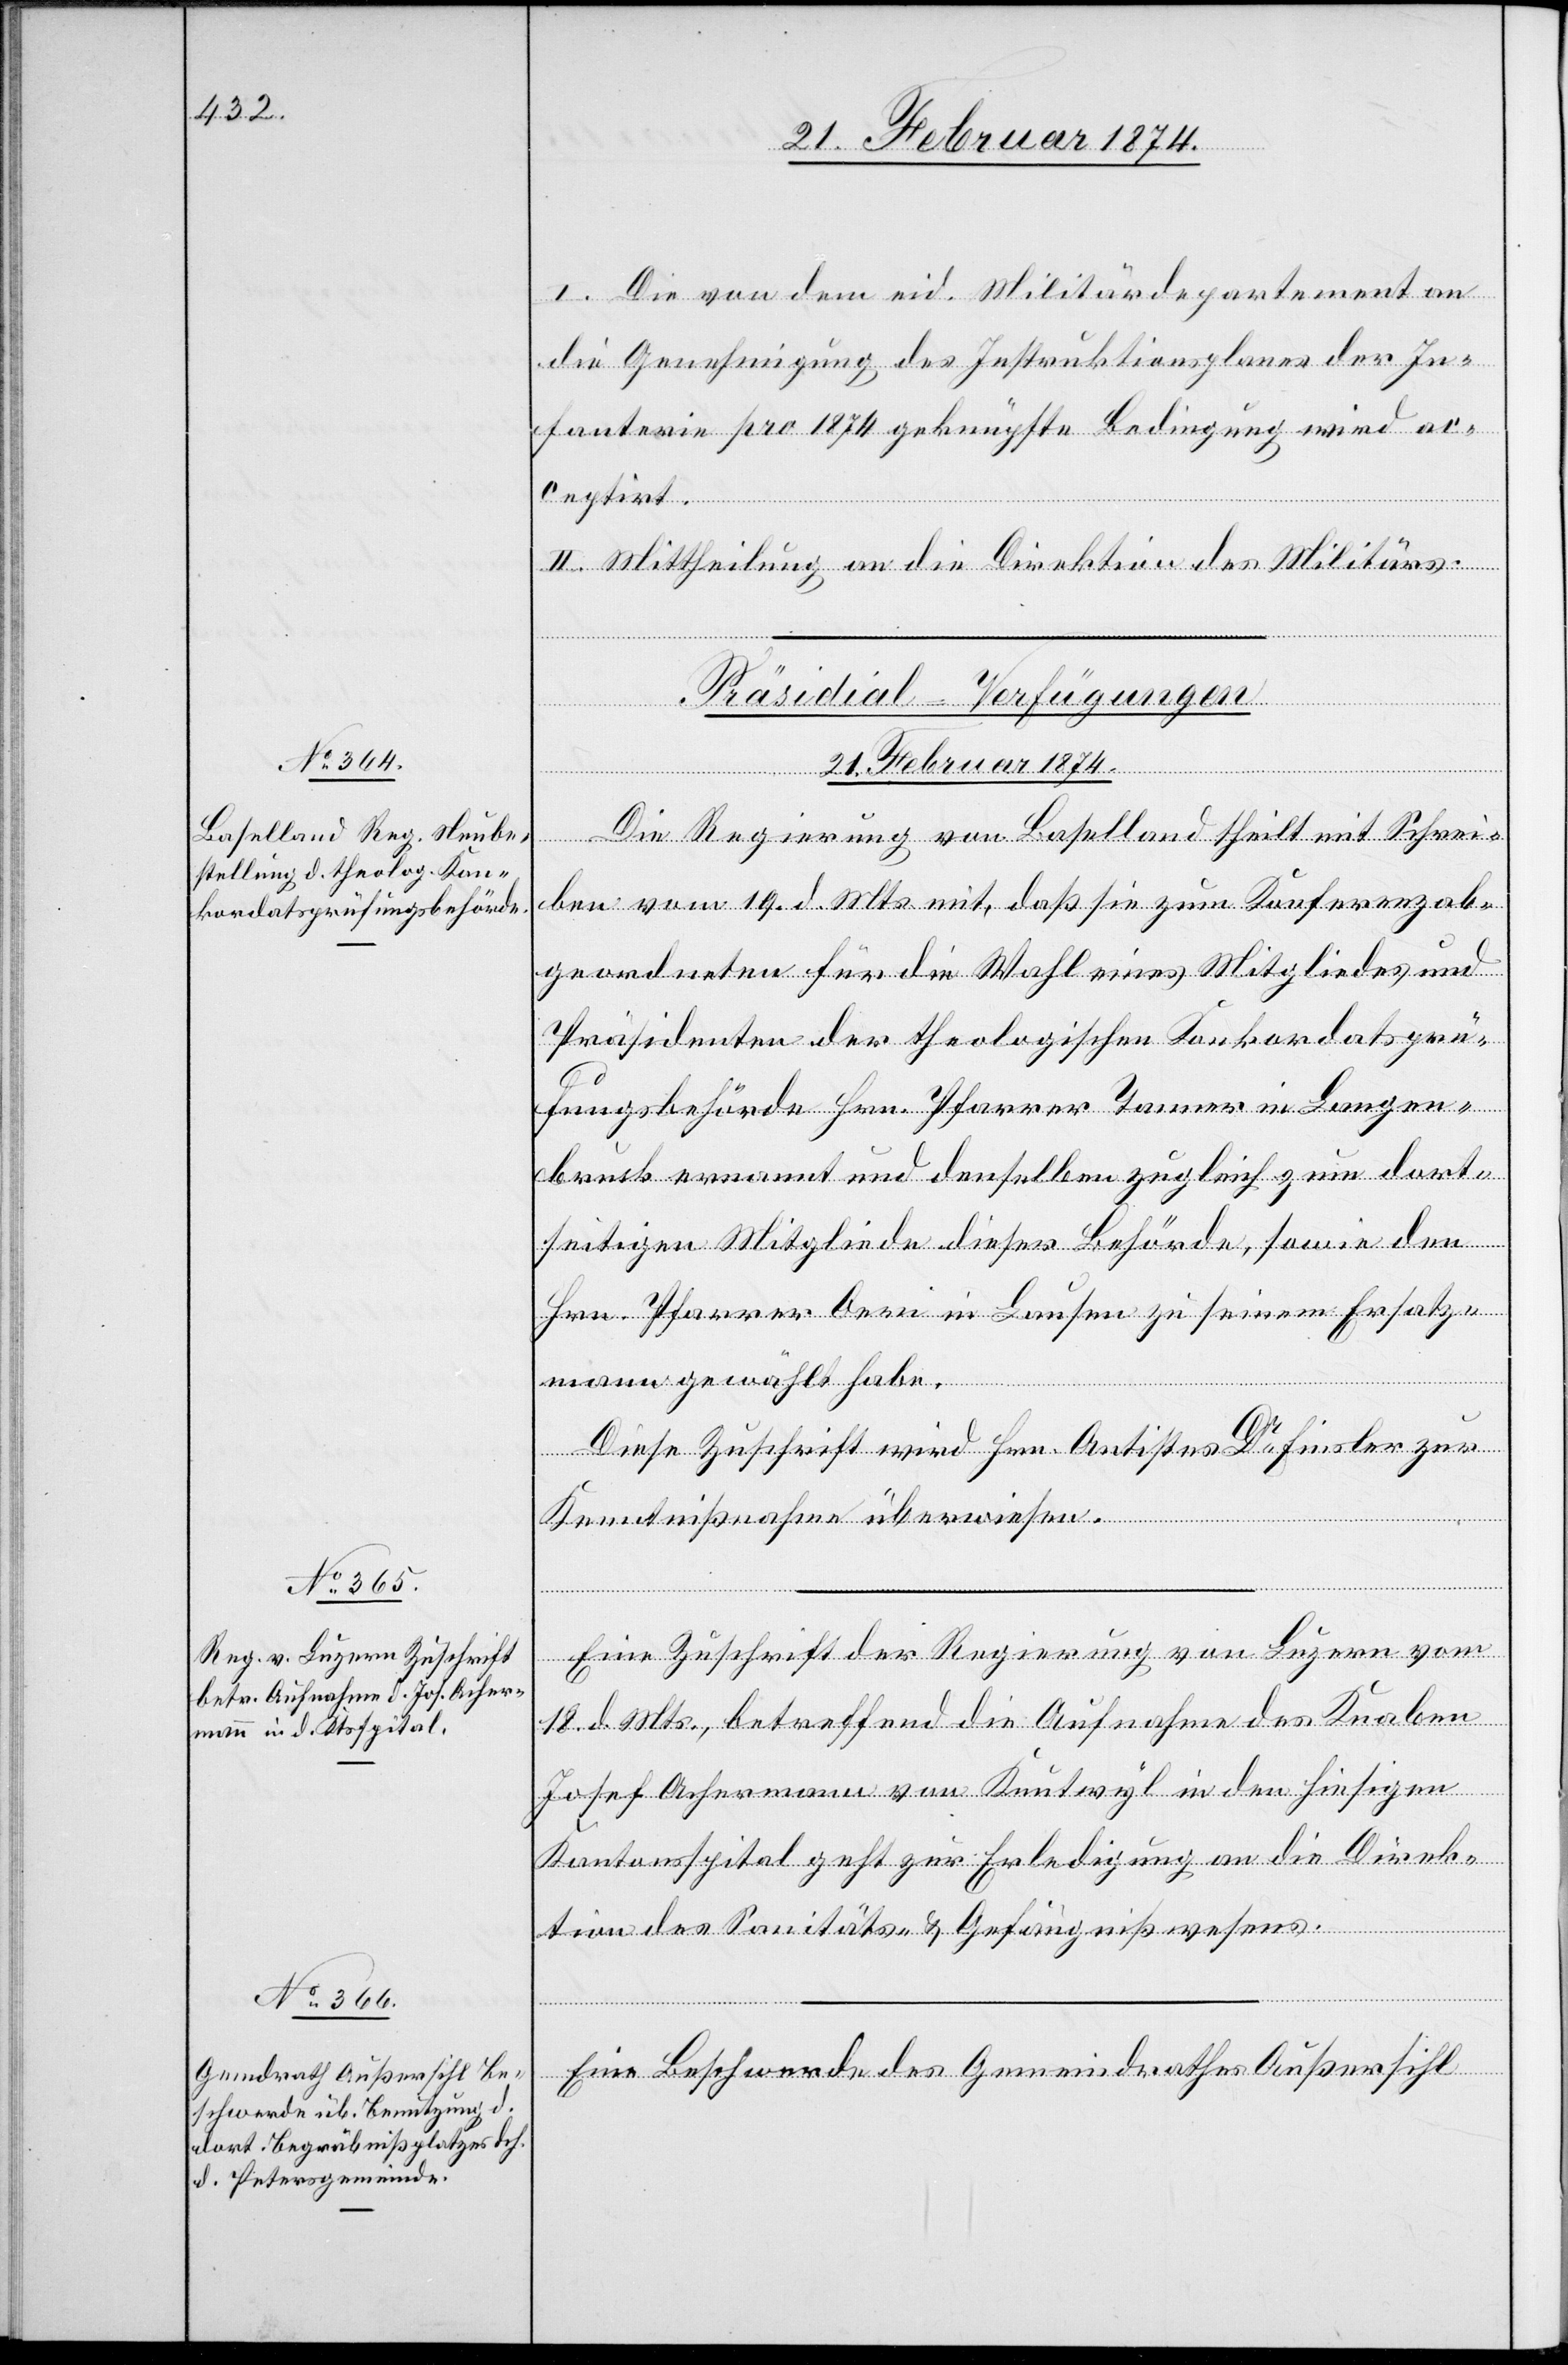
I. Die von dem eid. Militärdepartement an
die Genehmigung des Instruktionsplanes der In¬
fanterie pro 1874 geknüpfte Bedingung wird ac¬
ceptirt.
II. Mittheilung an die Direktion des Militärs.
[Präsidial-Verfügungen
21. Februar 1874.]
Die Regierung von Baselland theilt mit Schrei¬
ben vom 19. d. Mts. mit, daß sie zum Konferenzab¬
geordneten für die Wahl eines Mitgliedes und
Präsidenten der theologischen Konkordatsprü¬
fungsbehörde Hrn. Pfarrer Tanner in Langen¬
bruck ernannt und denselben zugleich zum dort¬
seitigen Mitgliede dieser Behörde, sowie den
Hrn. Pfarrer Aerni in Lausen zu seinem Ersatz¬
mann gewählt habe.
Diese Zuschrift wird Hrn. Antistes Dr Finsler zur
Kenntnißnahme überwiesen.
Eine Zuschrift der Regierung von Luzern vom
18. d. Mts., betreffend die Aufnahme des Knaben
Josef Achermann von Knutwyl in den hiesigen
Kantonsspital geht zur Erledigung an die Direk¬
tion des Sanitäs- u. Gefängnißwesens.
Eine Beschwerde des Gemeindrathes Außersihl